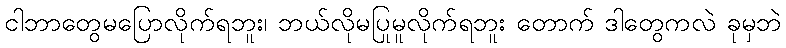
ငါဘာတွေမပြောလိုက်ရဘူး၊ ဘယ်လိုမပြုမူလိုက်ရဘူး တောက် ဒါတွေကလဲ ခုမှဘဲ